Civil Veterinary Dept. Bombay admin report 1914-1922 - 1914-1922
Year: 1914
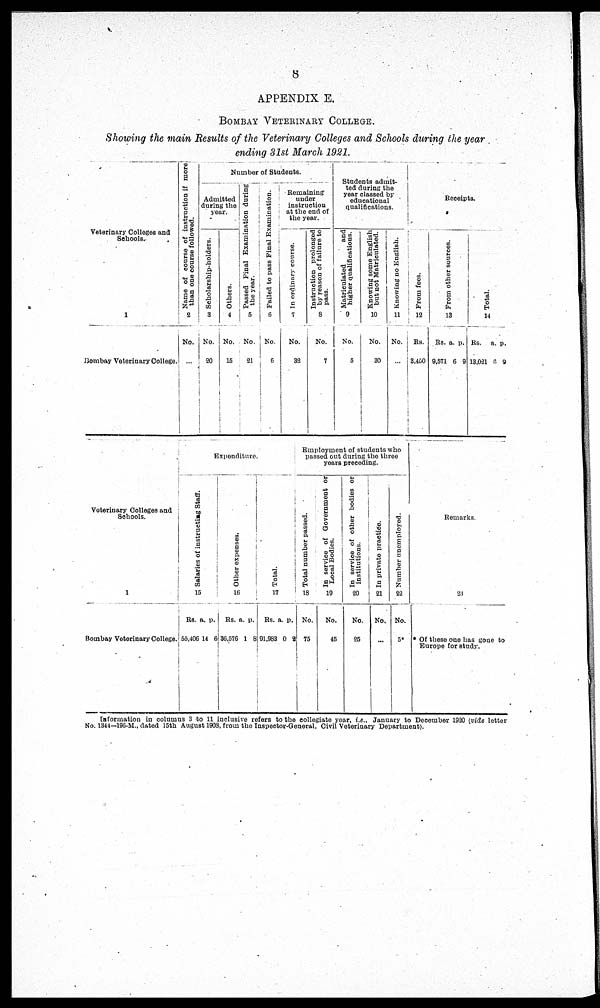
8
APPENDIX E.
BOMBAY VETERINARY COLLEGE.
Showing the main Results of the Veterinary Colleges and Schools during the year
ending 31st March 1921.
Veterinary Colleges and
Schools.
1
Bombay Veterinary College.
Name of course of instruction if more;
than one course followed.
2
No.
...
Number of Students.
Admitted
during the
year.
Scholarship-holders.
3
No.
20
Others.
4
No.
15
Passed Pinal Examination during
the year.
5
No.
21
Failed to pass Pinal Examination.
6
No.
6
Remaining
under
instruction
at the end of
the year.
In ordinary course.
7
No.
32
Instruction prolonged
by reason of failure to
pass.
8
No.
7
Students admit-
ted during the
year classed by
educational
qualifications.
Matriculated
and
higher qualifications.
9
No.
5
Knowing some English
but not Matriculated.
10
No.
30
Knowing no English.
11
No.
...
Receipts.
From fees.
12
Rs.
3,450
Fr om other sources.
13
Rs.
9,571
a.
6
p.
9
Tot al .
14
Rs.
13,021
a.
6
p.
9
Veterinary Colleges and
Schools.
1
Bombay Veterinary College.
Expenditure.
Salaries of instructing Staff.
15
Rs.
55,406
a.
14
p.
6
Ot her e xpe ns e s .
16
Rs.
36,576
a.
1
p.
8
Tot al .
17
Rs.
91,983
a.
0
p.
2
Employment of students who
passed out during the three
years preceding.
Total number passed.
18
No.
75
In service of Government or
Local Bodies.
19
No.
45
In service of other bodies or
institutions.
20
No.
25
In private practice.
21
No.
...
Number unemployed.
22
No.
5*
Remarks.
23
* Of these one has gone to
Europe for study.
Information in columus 3 to 11 inclusive refers to the collegiate year, i.e.. January to December 1920 (vide letter
No. 1344—196-M., dated 15th August 1908, from the Inspector-General, Civil Veterinary Department).